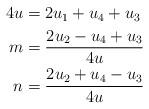
LaTeX: \begin{align*}\begin{aligned}4u& = 2u_1 + u_4 + u_3 \\m& = \frac{2u_2 - u_4 + u_3} {4u} \\n& = \frac{2u_2 + u_4 - u_3} {4u} \\\end{aligned}\end{align*}